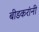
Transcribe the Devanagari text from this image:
बीडकरांनी